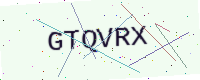
Text: GTQVRX